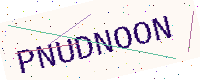
Text: PNUDNOON